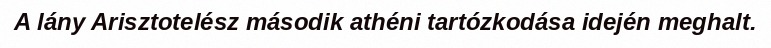
A lány Arisztotelész második athéni tartózkodása idején meghalt.